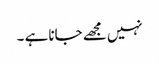
نہیں مجھے جانا ہے ۔